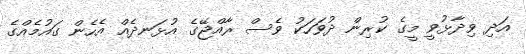
އަދި ވިދާޅުވީ މީގެ ކުރިން ދުވަހަކު ވެސް ރާއްޖޭގެ އުޅަނދެއް އެހެން ގައުމެއްގެ